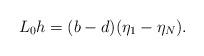
LaTeX: \begin{align*}L_0h=(b-d)(\eta_1-\eta_N).\end{align*}